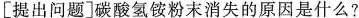
[提出问题]碳酸氢铵粉末消失的原因是什么?